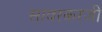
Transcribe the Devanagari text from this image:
सावरकरजी